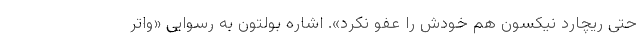
حتی ریچارد نیکسون هم خودش را عفو نکرد». اشاره بولتون به رسوایی «واتر